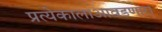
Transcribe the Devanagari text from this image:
प्रत्येकालाआवडणारा